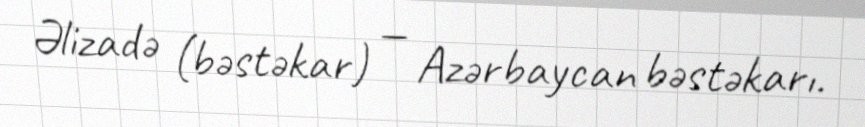
Əlizadə (bəstəkar) — Azərbaycan bəstəkarı.